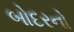
બોદરનો